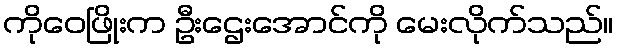
ကိုဝေဖြိုးက ဦးဌေးအောင်ကို မေးလိုက်သည်။